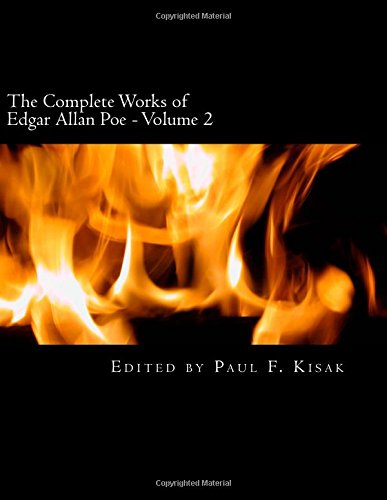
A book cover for The Complete Works of Edgar Allan Poe: Volume 2; Edited by Paul F. Kisak; Literature & Fiction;